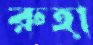
রুহা